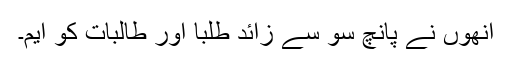
انھوں نے پانچ سو سے زائد طلبا اور طالبات کو ایم۔